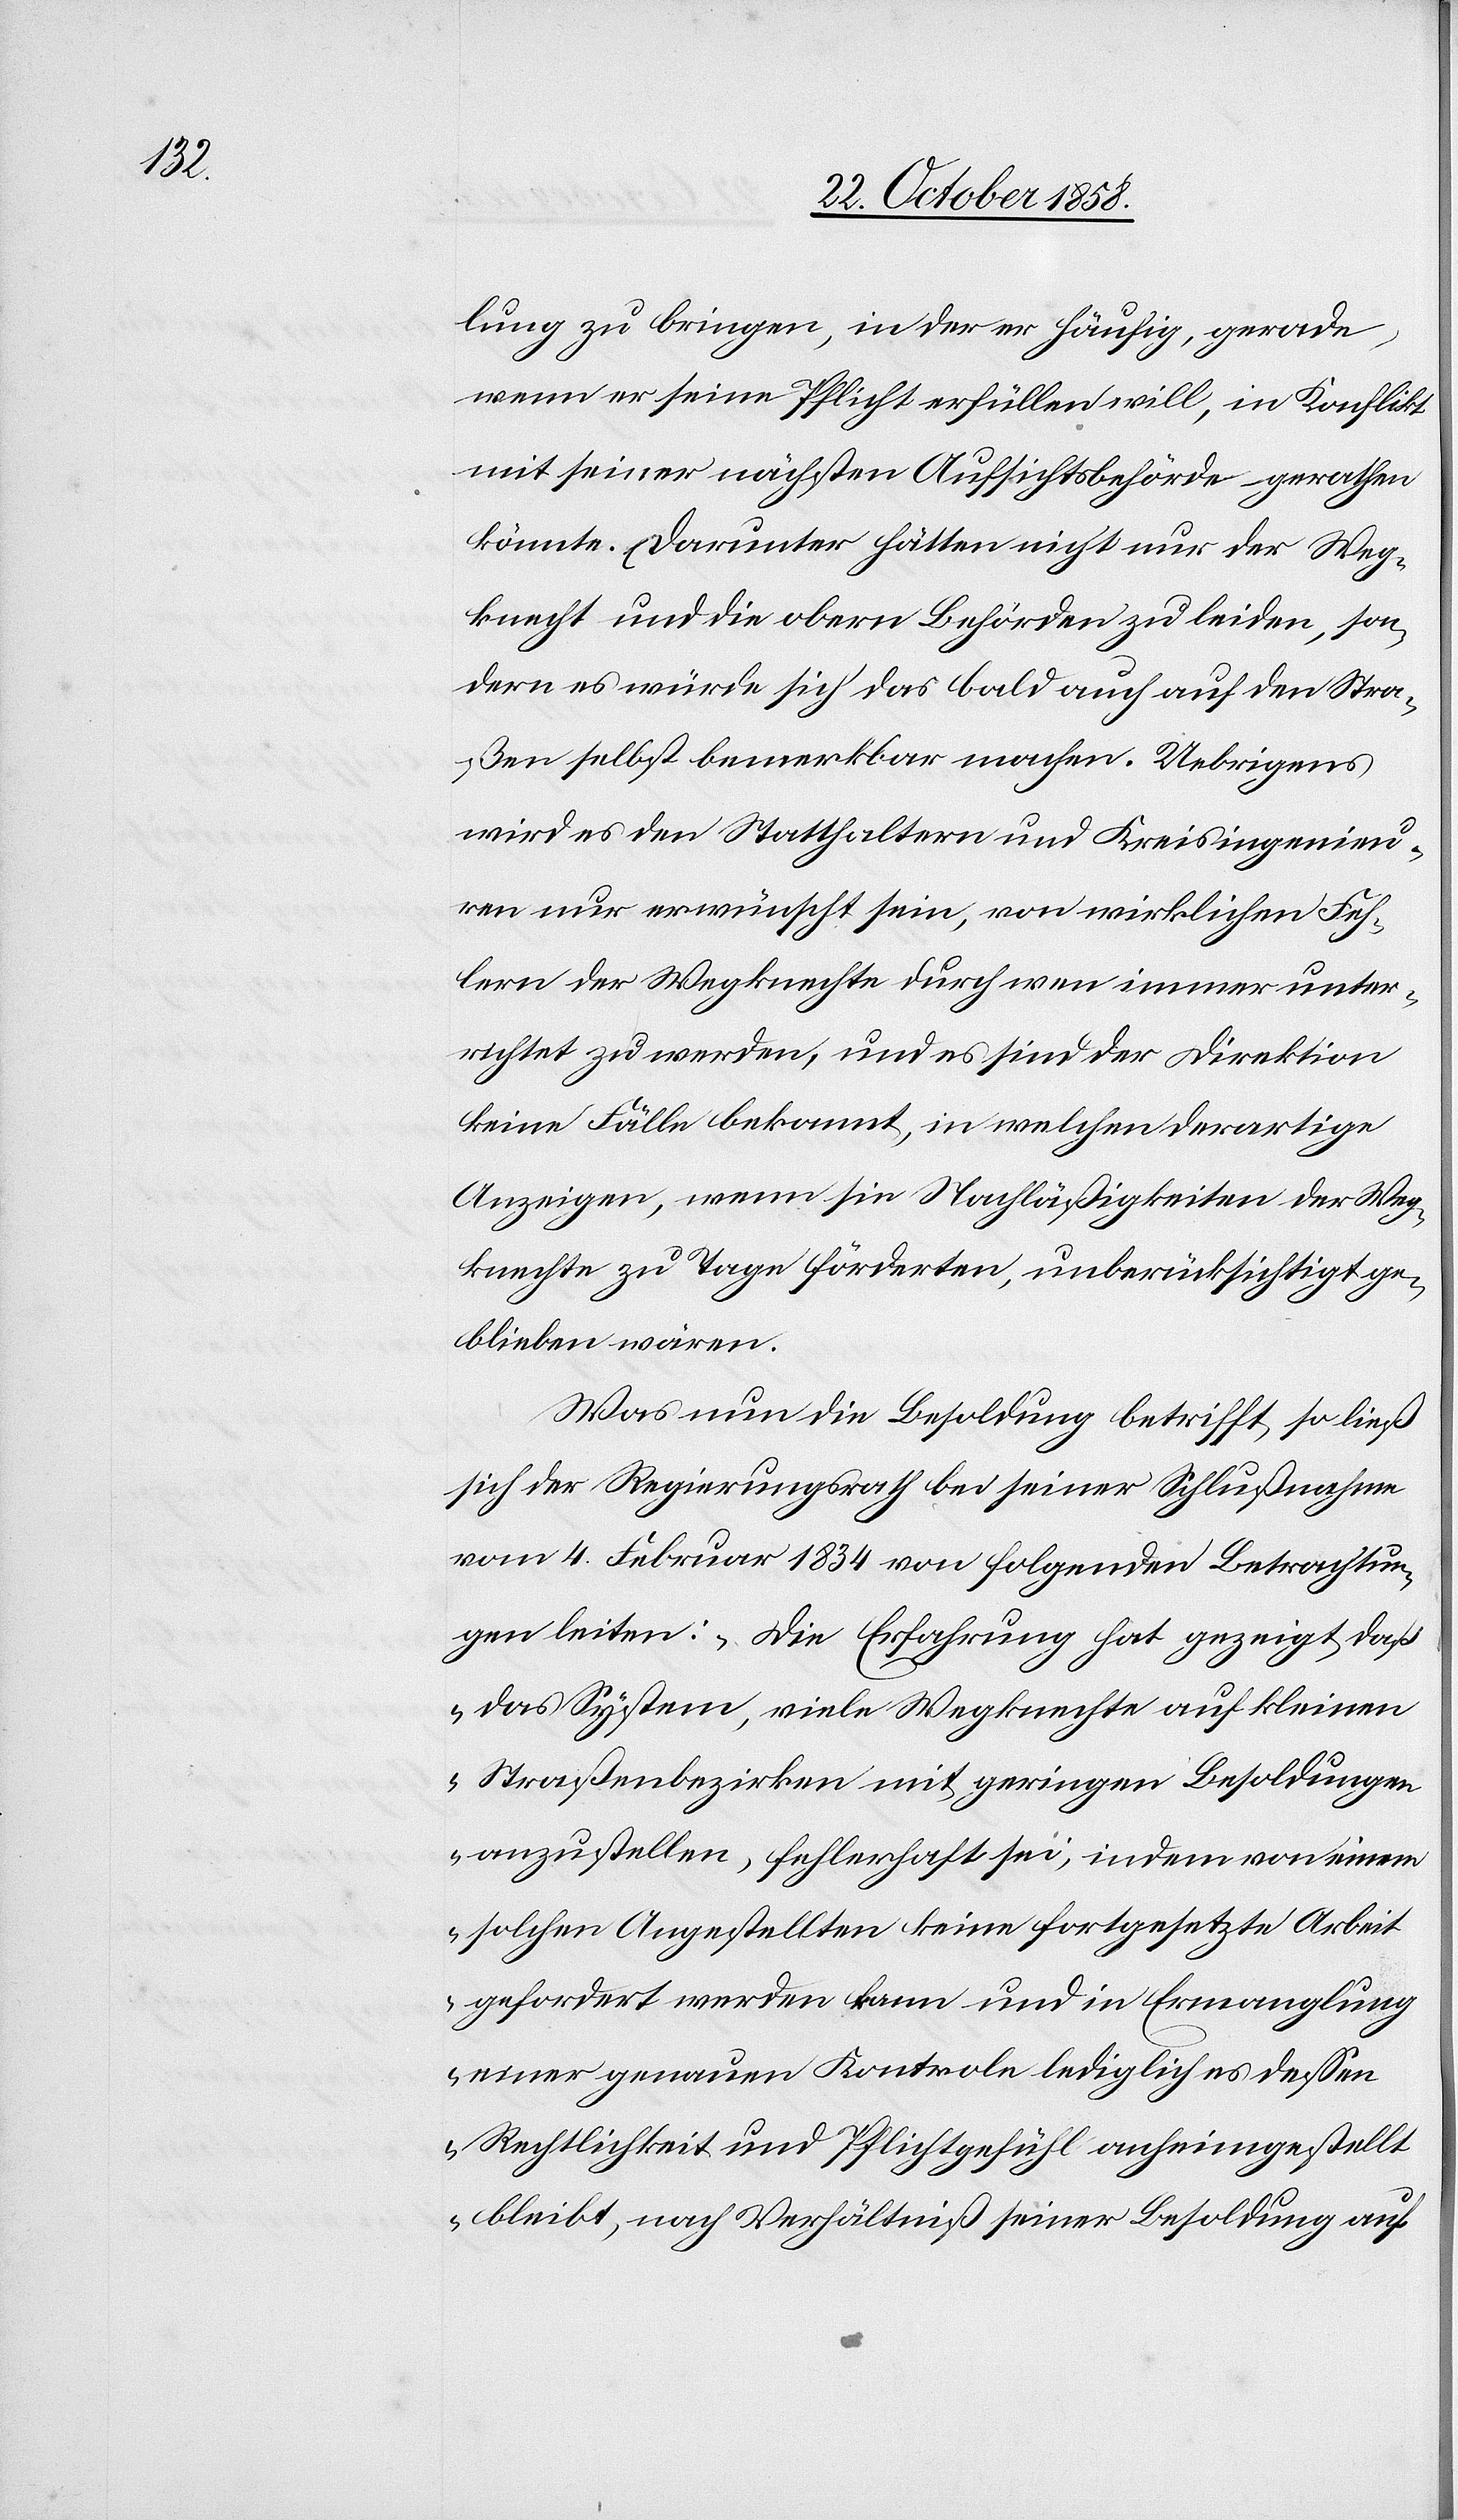
lung zu bringen, in der er häufig, gerade
wenn er seine Pflicht erfüllen will, in Konflikt
mit seiner nächsten Aufsichtsbehörde gerathen
könnte. Darunter hätten nicht nur der Weg¬
knecht und die obern Behörden zu leiden, son¬
dern es würde sich das bald auch auf den Stra¬
ßen selbst bemerkbar machen. Uebrigens
wird es den Statthaltern und Kreisingenieu¬
ren nur erwünscht sein, von wirklichen Feh¬
lern der Wegknechte durch wen immer unter¬
richtet zu werden, und es sind der Direktion
keine Fälle bekannt, in welchen derartige
Anzeigen, wenn sie Nachläßigkeiten der Weg¬
knechte zu Tage förderten, unberücksichtigt ge¬
blieben wären.
Was nun die Besoldung betrifft, so ließ
sich der Regierungsrath bei seiner Schlußnahme
vom 4. Februar 1834 von folgenden Betrachtun¬
gen leiten: „Die Erfahrung hat gezeigt, daß
das System, viele Wegknechte auf kleinen
Straßenbezirken mit geringen Besoldungen
anzustellen, fehlerhaft sei, indem von einem
solchen Angestellten keine fortgesetzte Arbeit
gefordert werden kann und in Ermanglung
einer genauen Kontrole lediglich es dessen
Rechtlichkeit und Pflichtgefühl anheimgestellt
bleibt, nach Verhältniß seiner Besoldung auf